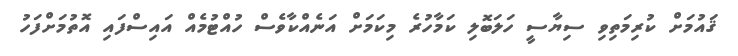
ޤައުމަށް ކުރިމަތިވި ސިޔާސީ ހަލަބޮލި ކަމާހުރެ މިކަމަށް އަނެއްކާވެސް ހުއްޓުމެއް އައިސްފައި އޮތުމަށްފަހު